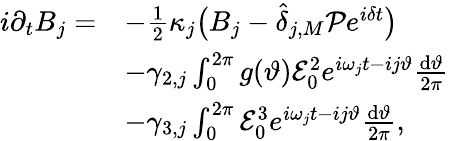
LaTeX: \begin{array}{rl}{i\partial_{t}B_{j}=}&{-\frac{1}{2}\kappa_{j}\big(B_{j}-\widehat\delta_{j,M}{\cal P}e^{i\delta t}\big)}\\ &{-\gamma_{2,j}\int_{0}^{2\pi}g(\vartheta){\cal E}_{0}^{2}e^{i\omega_{j}t-ij\vartheta}\frac{\mathrm{d}\vartheta}{2\pi}}\\ &{-\gamma_{3,j}\int_{0}^{2\pi}{\cal E}_{0}^{3}e^{i\omega_{j}t-ij\vartheta}\frac{\mathrm{d}\vartheta}{2\pi},}\end{array}